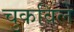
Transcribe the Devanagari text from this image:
चुकविले